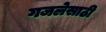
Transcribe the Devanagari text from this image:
गजलेसाठी